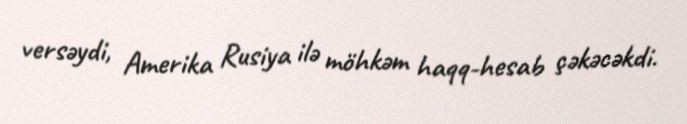
versəydi, Amerika Rusiya ilə möhkəm haqq-hesab çəkəcəkdi.